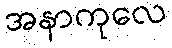
အနာကုလေ